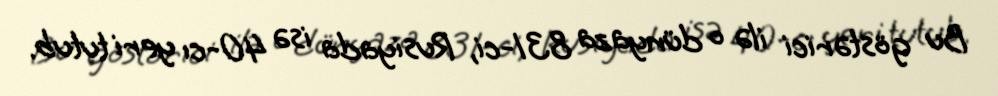
Bu göstərici ilə o dünyaza 831-ci, Rusiyada isə 40-cı yeri tutub.